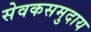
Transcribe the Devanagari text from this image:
सेवकसमुदाय